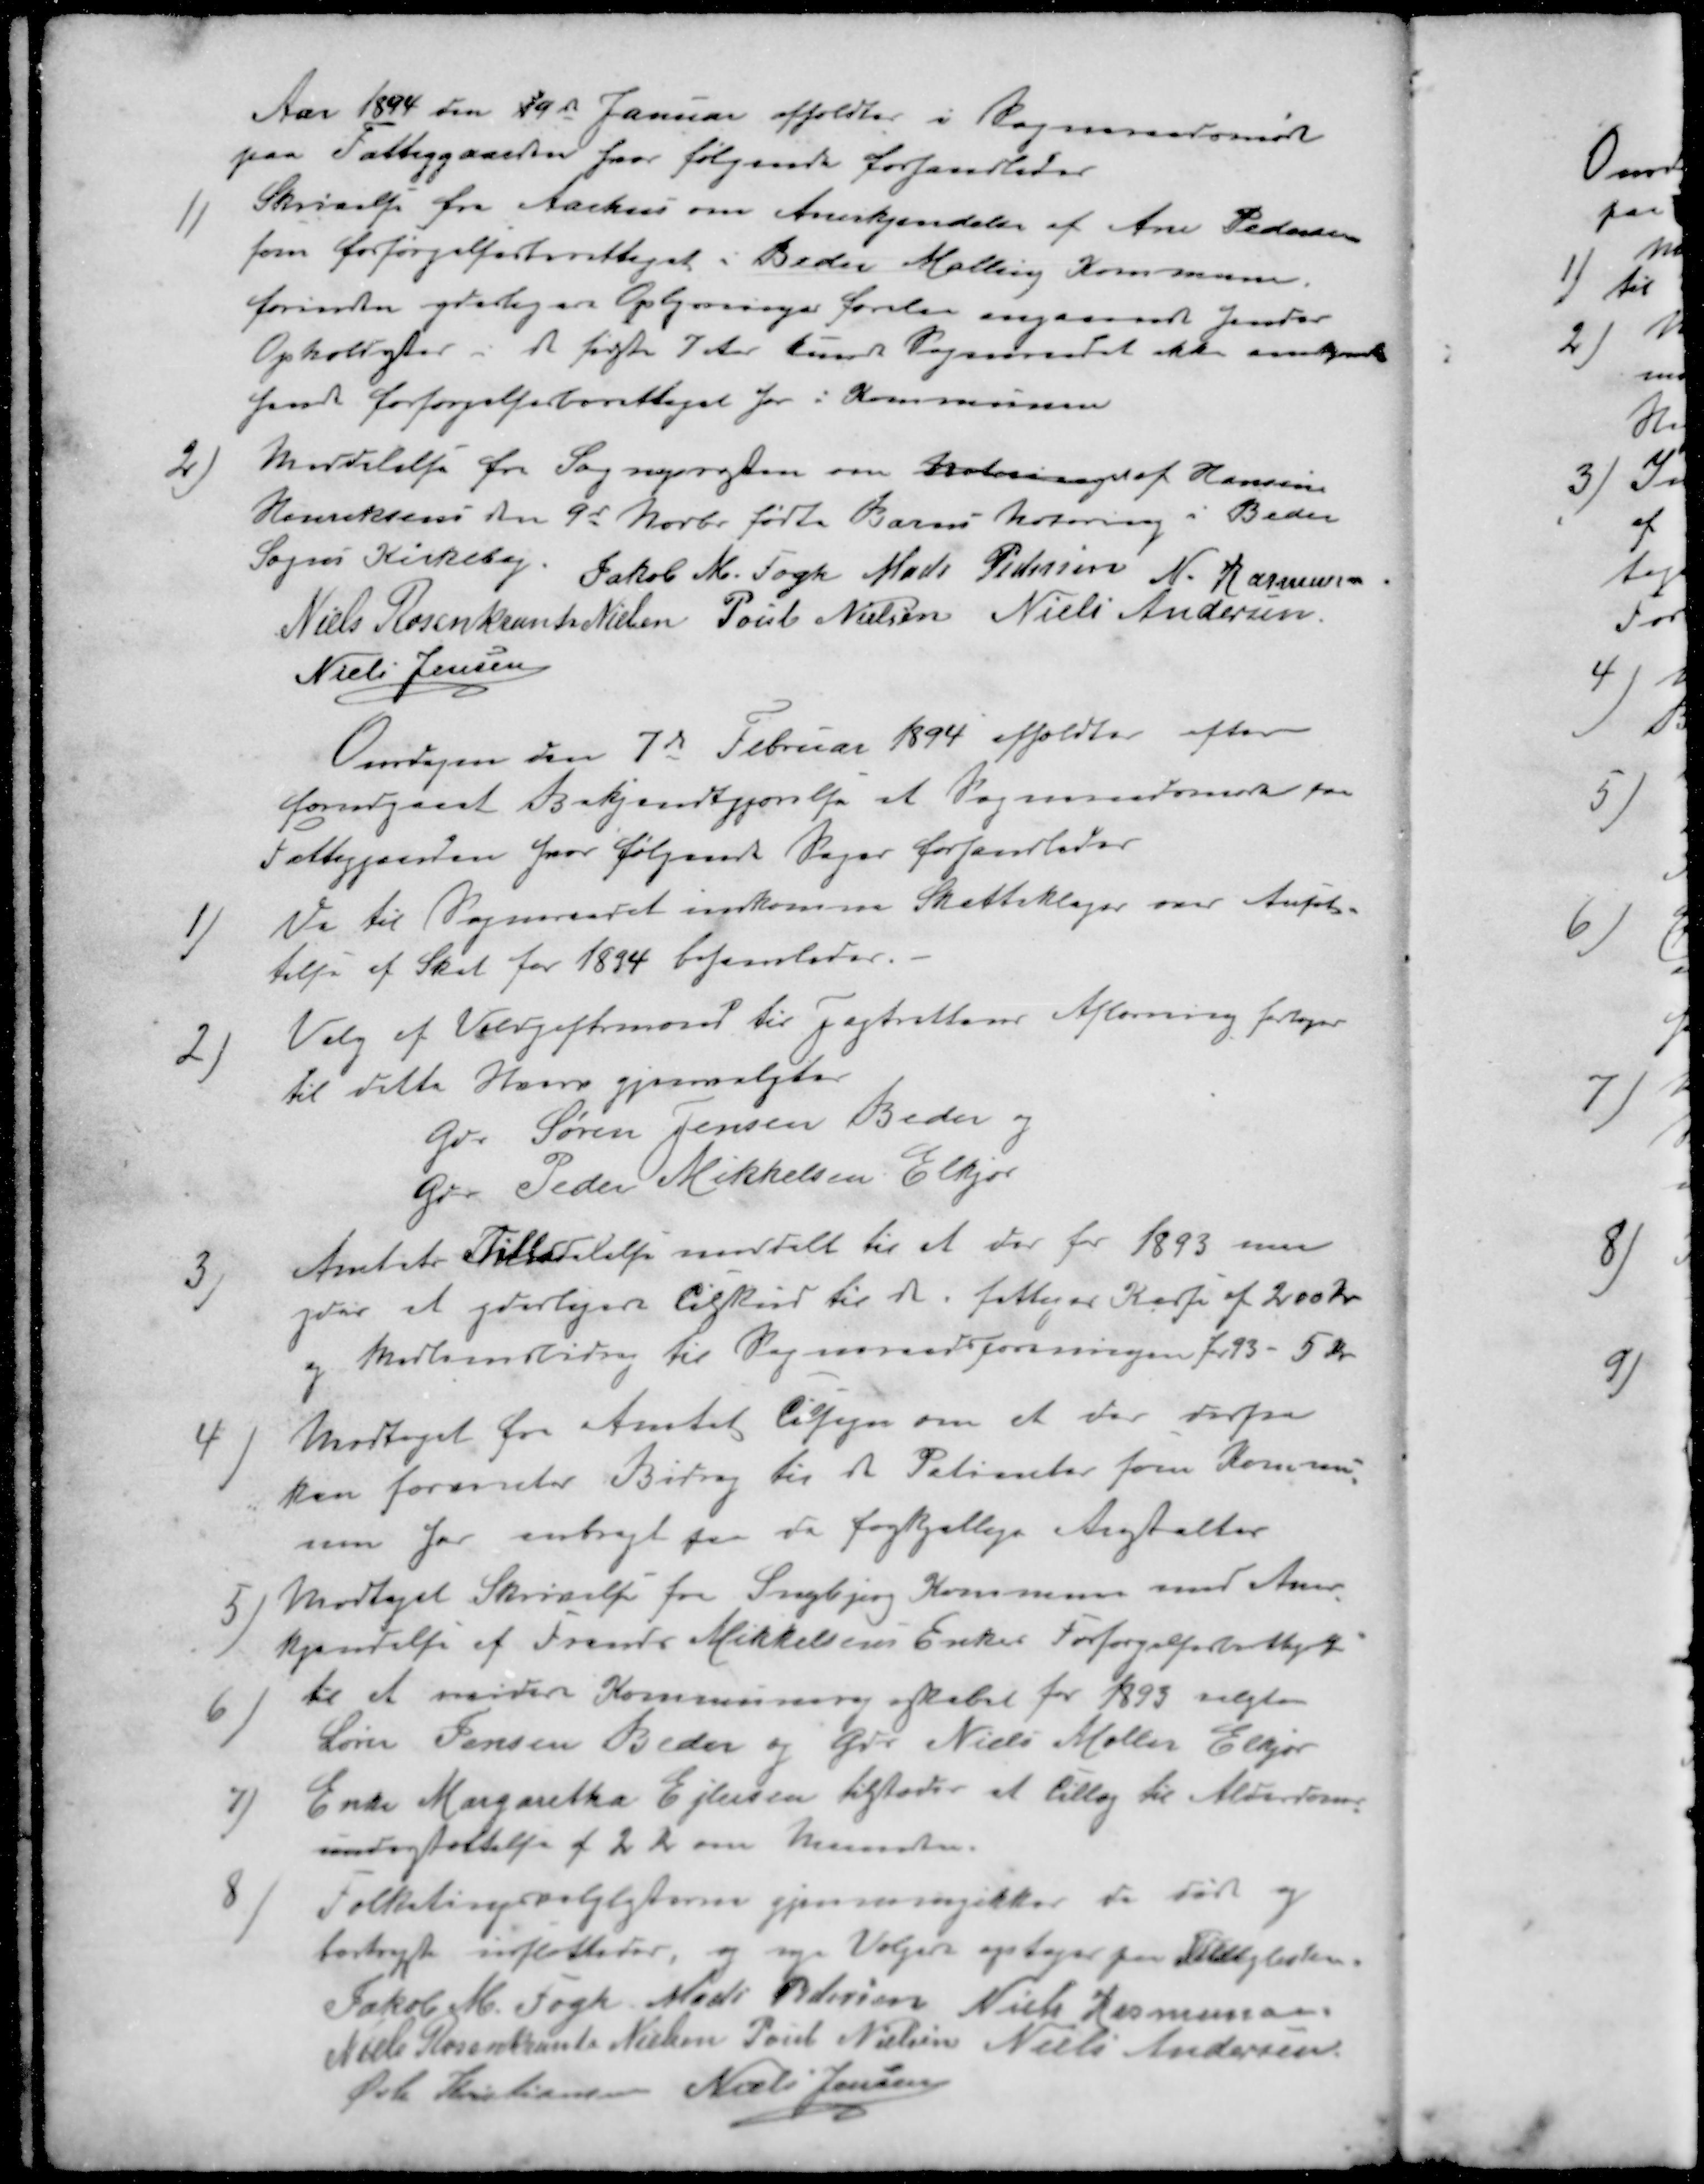
Transskription:
Aar 1894 den 19de Januar afholdtes i Sogneraadsmøde
paa Fattiggaarden hvor følgende forhandledes
1 ) Skrivelse fra Aarhus om Anerkjendelse af Ane Pedersen
som forsørgelsesberettiget i Beder Malling Kommune.
forinden yderligere Oplysninger forelaa angaaende hendes
Opholdssted i de første 7 Aar kunde Sogneraadet ikke anerkende
hendes forsørgelsesberettigelse her i Kommunen
2 ) Meddelelse fra Sognepræsten om notering af Hansine
Henriksens den 9d Novbr fødte Barns notering i Beder
Sogns Kirkebog.
Jakob M. Fogh
Mads Pedersen
N. Rasmussen
Niels Rosenkrants Nielsen
Poul Nielsen
Niels Andersen
Niels Jensen
Onsdagen den 7de Februar 1894 afholdtes efter
forudgaaet Bekjendtgjørelse at Sogneraadsmøde paa
Fattiggaarden hvor følgende Sager forhandledes
1 ) De til Sogneraadet indkomne Skatteklager over Ansæt-
telse af Skat for 1894 behanledes.
2 ) Valg af Voldgiftsmand til jagtrettens Afløsning foretages
til dette Hverv gjenvalgtes
Gdr Søren Jensen Beder og
Gdr Peder Mikkelsen Elkjær
3 ) Amtets Tilladelse meddelt til at der for 1893 maa
gives et yderligere tilskud til de i fattiges Kasse af 200 Kr
og Medlemsbidrag til Sogneraadsforeningen for 93 - 5 Kr.
4) Modtaget fra Amtet tilsagn om at der derfra
kan forventes Bidrag til at Patienter som Kommu-
nen har anbragt paa da forskjellige Anstalter
5 ) Modtaget Skrivelse fra Snejbjerg Kommune med Aner-
kjendelse af Frands Mikkelsens Enkes Forsørgelsesberettigelse
6 ) til at revidere Kommuneregnskabet for 1893 valgtes
Søren Jensen Beder og Gdr Niels Møller Elkjær
7 ) Enke Margaretha Ejlersen tilstodes at tillæg til Alderdoms-
understøttelse af 2 Kr om Maaneden.
8 ) Folketingsvalglistere gjennemgikkes de døde og 
bortrejste udslettedes, og nye Vælgere optages paa Valglisten.
Jakob M. Fogh
Mads Pedersen
Niels Rasmussen
Niels Rosenkrants Nielsen
Poul Nielsen
Niels Andersen
Øvli Kristiansen
Niels Jensen